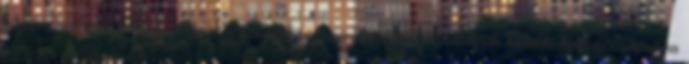
légtornászként lettnek, ebben a szerepben azonban pályafutásának beláthatatlan csúcsára